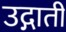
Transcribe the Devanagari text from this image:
उद्गाती